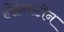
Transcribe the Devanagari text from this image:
होहेन्स्टीन